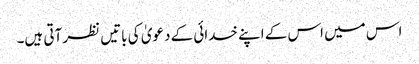
اس میں اس کے اپنے خدائی کے دعویٰ کی باتیں نظر آتی ہیں۔